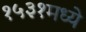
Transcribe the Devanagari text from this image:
१५३१मध्ये